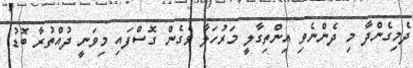
ދެމިގެންދާ މި ދެންނެވި އިންތިގާލީ މަރުހަލާ ވެގެން ގޮސްފައި މިވަނީ ދުއްތުރާ ބޮޑު